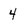
Character: 4